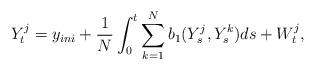
LaTeX: \begin{align*}Y^j_t = y_{ini} + \frac{1}{N}\int_0^t \sum_{k=1}^N b_1(Y^j_s,Y^k_s)ds + W^j_t,\end{align*}